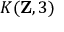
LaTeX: K ( \mathbf { Z } , 3 )